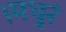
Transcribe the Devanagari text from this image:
।मधुरं